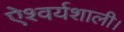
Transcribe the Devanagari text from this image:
ऐश्वर्यशाली।